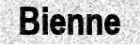
Bienne